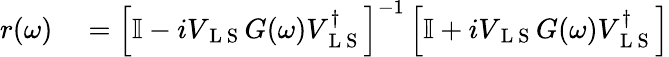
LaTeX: \begin{array}{rl}{r(\omega)}&{{}=\left[\mathbb{I}-iV_{\mathrm{~L~S~}}G(\omega)V_{\mathrm{~L~S~}}^{\dagger}\right]^{-1}\left[\mathbb{I}+iV_{\mathrm{~L~S~}}G(\omega)V_{\mathrm{~L~S~}}^{\dagger}\right]}\end{array}